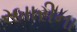
રબારીના